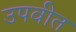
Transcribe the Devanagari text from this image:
उपवीत